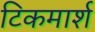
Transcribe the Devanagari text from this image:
टिकमार्श